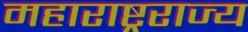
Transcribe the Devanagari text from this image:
महाराष्ट्रराज्य